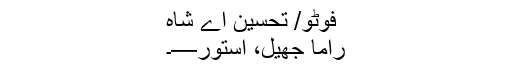
فوٹو/ تحسین اے شاہ
راما جھیل، استور—۔